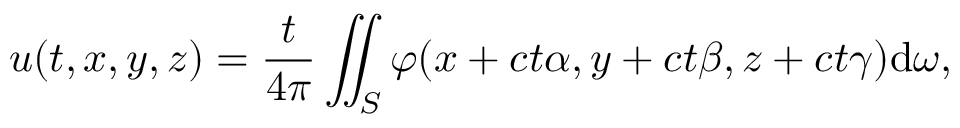
u ( t , x , y , z ) = { \frac { t } { 4 \pi } } \iint _ { S } \varphi ( x + c t \alpha , y + c t \beta , z + c t \gamma ) \mathrm { d } \omega ,